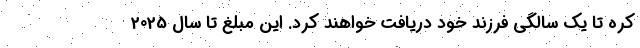
کره تا یک سالگی فرزند خود دریافت خواهند کرد. این مبلغ تا سال 2025